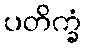
ပတိက္ခံ